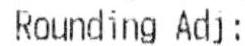
ROUNDING ADJ: